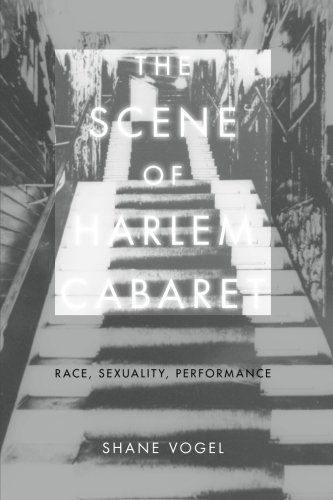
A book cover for The Scene of Harlem Cabaret: Race, Sexuality, Performance; Shane Vogel; Gay & Lesbian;